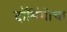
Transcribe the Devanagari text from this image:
दॉमिंगोचा